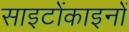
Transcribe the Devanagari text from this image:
साइटोंकाइनों